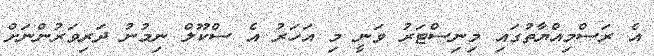
އެ ރަސްމިއްޔާތުގައި މިނިސްޓަރު ވަނީ މި އަހަރު އެ ސްކޫލް ނިމުނު ދަރިވަރުންނަށް